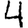
Digit: 4